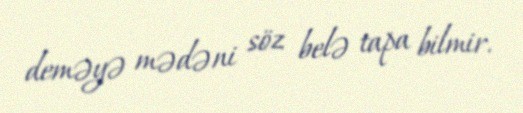
deməyə mədəni söz belə tapa bilmir.